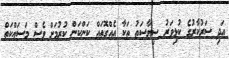
އަދި ސަރުކާރުގެ ކުޅިވަރު ސިޔާސަތު ތަކާ އެއްގޮތައް ކަންކަން ކުރުމަށް ވެސް މަސައްކަތް